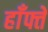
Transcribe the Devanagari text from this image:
हाँफ्ते